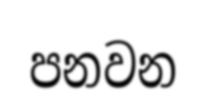
පනවන